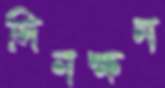
দিনক্ষন